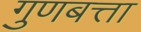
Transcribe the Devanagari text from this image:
गुणबत्ता